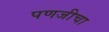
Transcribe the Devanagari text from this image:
पणजीचा